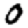
Digit: 0